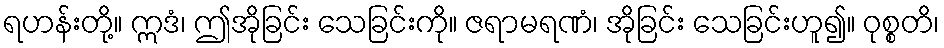
ရဟန်းတို့။ ဣဒံ၊ ဤအိုခြင်း သေခြင်းကို။ ဇရာမရဏံ၊ အိုခြင်း သေခြင်းဟူ၍။ ဝုစ္စတိ၊